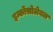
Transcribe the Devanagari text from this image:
इन्कोंसोलेबल